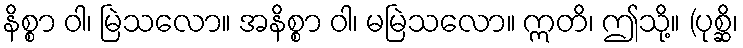
နိစ္စာ ဝါ၊ မြဲသလော။ အနိစ္စာ ဝါ၊ မမြဲသလော။ ဣတိ၊ ဤသို့။ (ပုစ္ဆိ၊